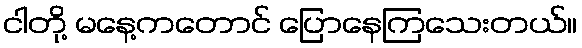
ငါတို့ မနေ့ကတောင် ပြောနေကြသေးတယ်။